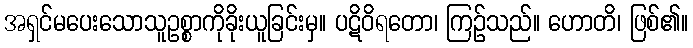
အရှင်မပေးသောသူဥစ္စာကိုခိုးယူခြင်းမှ။ ပဋိဝိရတော၊ ကြဉ်သည်။ ဟောတိ၊ ဖြစ်၏။